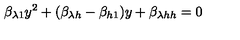
\beta _ { \lambda 1 } y ^ { 2 } + ( \beta _ { \lambda h } - \beta _ { h 1 } ) y + \beta _ { \lambda h h } = 0